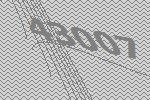
43007